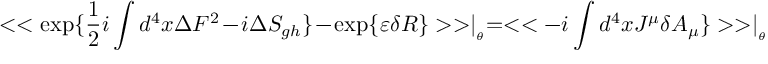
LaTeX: < < \exp \{ \frac { 1 } { 2 } i \int d ^ { 4 } x \Delta F ^ { 2 } - i \Delta S _ { g h } \} - \exp \{ \varepsilon \delta R \} > > \mid _ { _ { \theta } } = < < - i \int d ^ { 4 } x J ^ { \mu } \delta A _ { \mu } \} > > \mid _ { _ { \theta } }